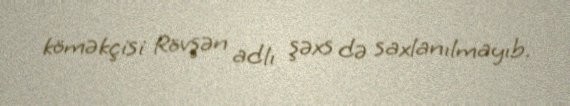
köməkçisi Rövşən adlı şəxs də saxlanılmayıb.